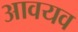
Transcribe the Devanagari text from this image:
आवयव